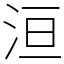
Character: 洹